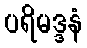
ပရိမဒ္ဒနံ